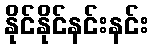
နိုင်နိုင်နင်းနင်း